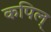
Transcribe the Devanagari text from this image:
कपिल्